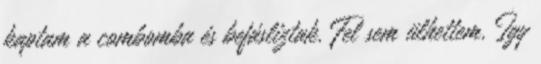
kaptam a combomba és befásliztak. Fel sem ülhettem. Így